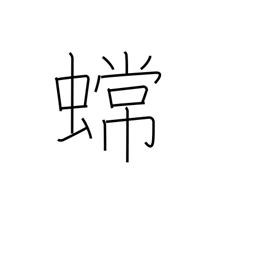
Meaning: toad